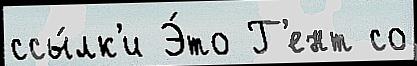
ссы́лк'и Э́то Г'ент со